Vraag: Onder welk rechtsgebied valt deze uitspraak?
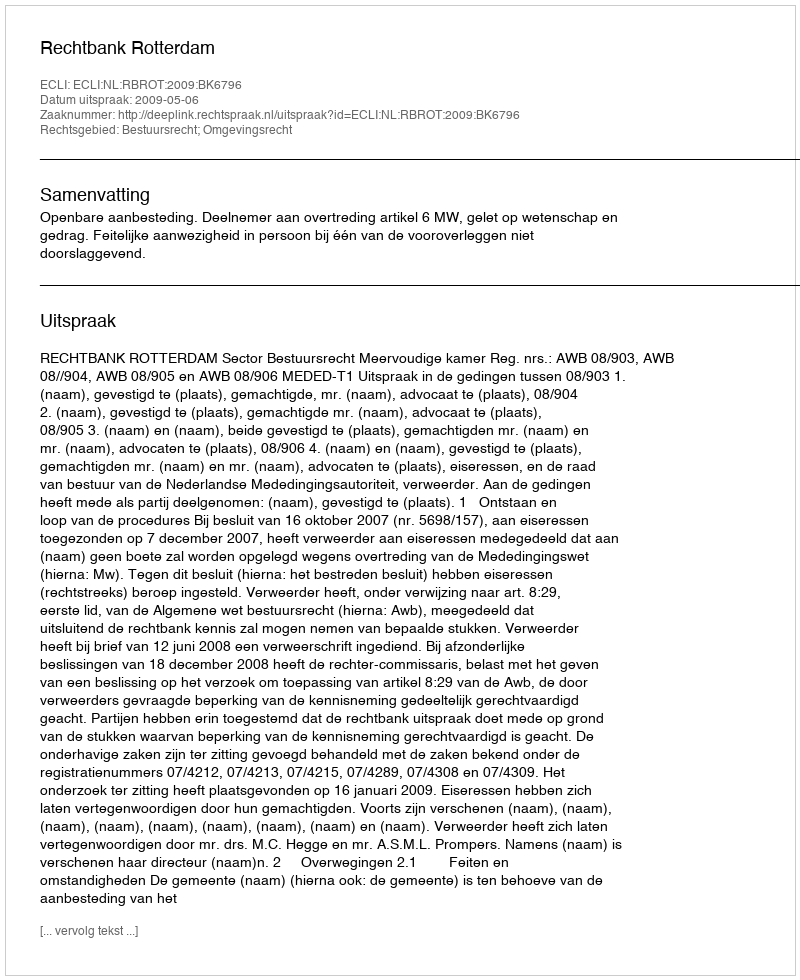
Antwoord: Bestuursrecht; Omgevingsrecht